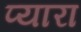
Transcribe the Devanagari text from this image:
प्‍यारा